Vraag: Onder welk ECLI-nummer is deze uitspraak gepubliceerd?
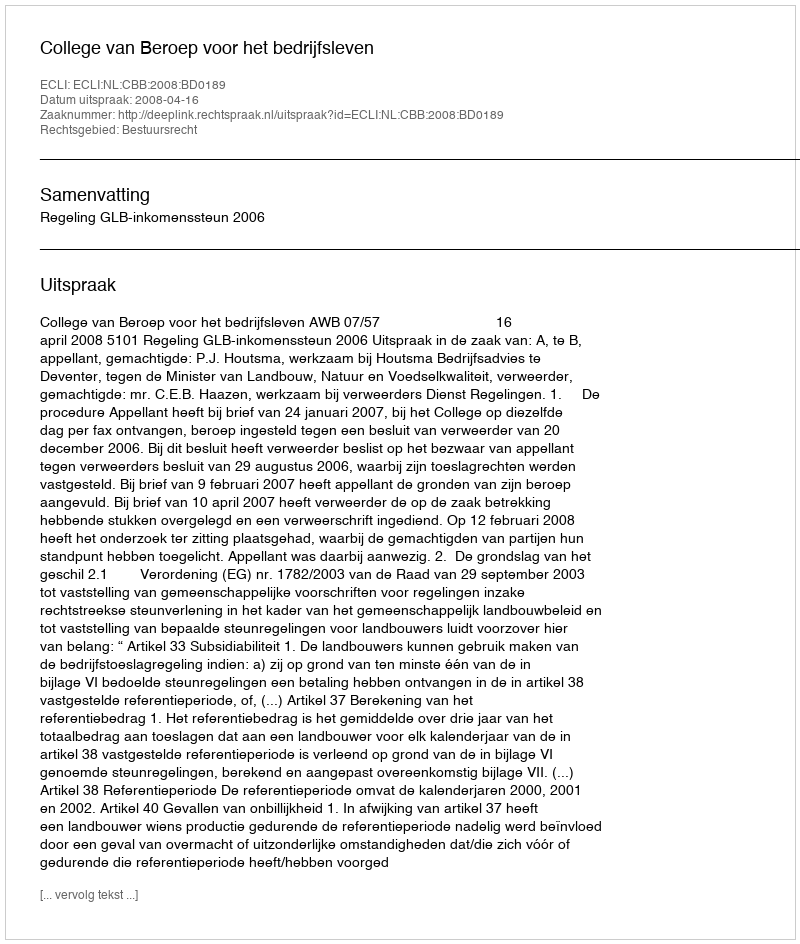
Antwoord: ECLI:NL:CBB:2008:BD0189